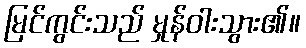
မြင်ကွင်းသည် မှုန်ဝါးသွား၏။